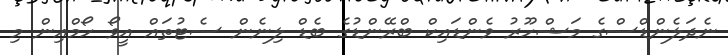
ނެދަލެންޑްސްގެ މަޝްހޫރު ވެންޑައިކް ބްރޭންޑުގެ ބެޑް ލިނެން ސެޓުތައް އީވޯ ހޯމްއިން މި